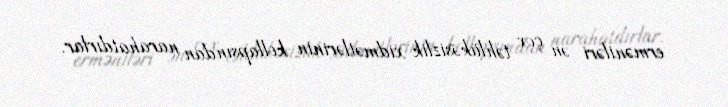
erməniləri ən çox təhlükəsizlik xidmətlərinin kollapsından narahatdırlar.